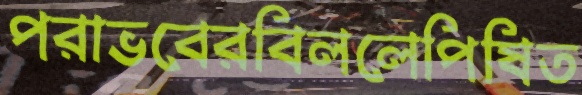
পরাভবেরবিললেপিষিত